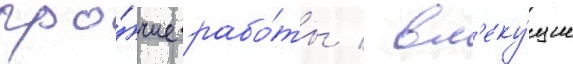
про́чие рабо́ты / вл'еку́щие